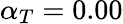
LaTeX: \alpha_{T}=0.00